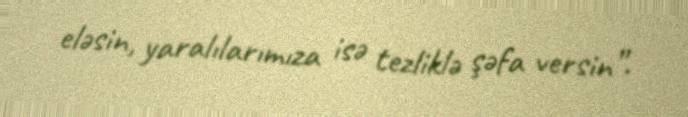
eləsin, yaralılarımıza isə tezliklə şəfa versin”.